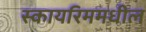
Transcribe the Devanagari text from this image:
स्कायरिममधील